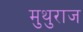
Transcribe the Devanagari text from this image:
मुथुराज